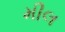
મીલ